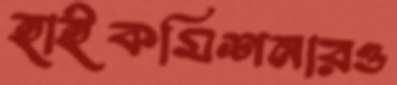
হাইকমিশনারও